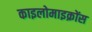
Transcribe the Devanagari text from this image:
काइलोमाइक्रोंस